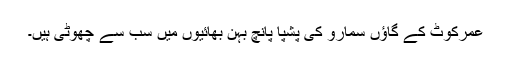
عمرکوٹ کے گاؤں سمارو کی پشپا پانچ بہن بھائیوں میں سب سے چھوٹی ہیں۔